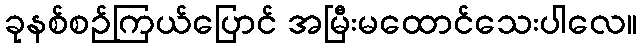
ခုနစ်စဉ်ကြယ်ပြောင် အမြီးမထောင်သေးပါလေ။